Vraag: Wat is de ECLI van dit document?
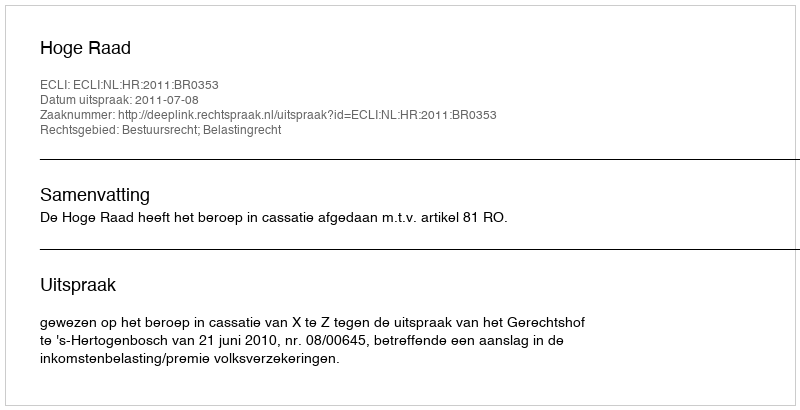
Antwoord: ECLI:NL:HR:2011:BR0353